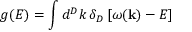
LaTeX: g ( E ) = \int d ^ { D } k \, \delta _ { D } \left[ \omega ( { \bf k } ) - E \right]